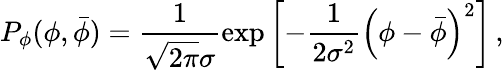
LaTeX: P_{\phi}(\phi,\bar{\phi})=\frac{1}{\sqrt{2\pi}\sigma}\exp\left[-\frac{1}{2\sigma^{2}}\left(\phi-\bar{\phi}\right)^{2}\right]\, ,